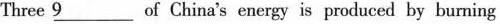
Three \underline{9} of_ China's energy is produced by burning